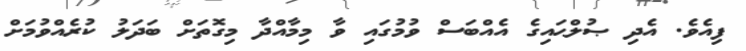
ފިއެވެ. އެދި ޞުލްޙައިގެ އެއްބަސް ވުމުގައި ވާ މިމާއްދާ މިގޮތަށް ބަދަލު ކުރެއްވުމަށް